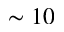
\sim 1 0